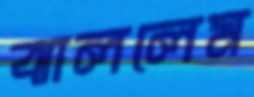
ঝাললেম